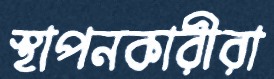
স্থাপনকারীরা